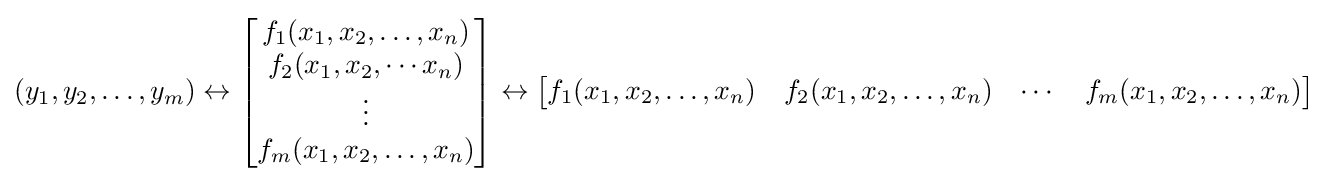
(y_{1},y_{2},\ldots ,y_{m})\leftrightarrow {\begin{bmatrix}f_{1}(x_{1},x_{2},\ldots ,x_{n})\\f_{2}(x_{1},x_{2},\cdots x_{n})\\\vdots \\f_{m}(x_{1},x_{2},\ldots ,x_{n})\end{bmatrix}}\leftrightarrow {\begin{bmatrix}f_{1}(x_{1},x_{2},\ldots ,x_{n})&f_{2}(x_{1},x_{2},\ldots ,x_{n})&\cdots &f_{m}(x_{1},x_{2},\ldots ,x_{n})\end{bmatrix}}